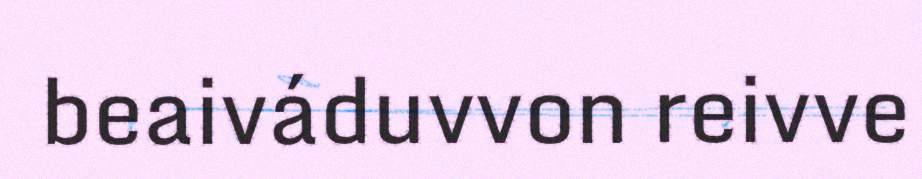
beaiváduvvon reivve